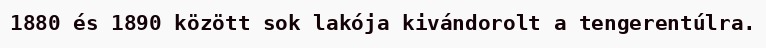
1880 és 1890 között sok lakója kivándorolt a tengerentúlra.